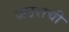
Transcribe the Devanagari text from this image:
जठराची